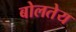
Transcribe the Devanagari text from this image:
बोलतेय